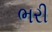
ભરી